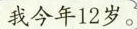
我今年12岁。